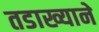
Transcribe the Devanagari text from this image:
तडाख्याने